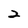
Character: 2